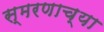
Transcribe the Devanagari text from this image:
स्मरणाच्या